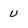
Character: U